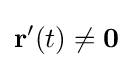
\mathbf {r} '(t)\neq \mathbf {0}